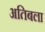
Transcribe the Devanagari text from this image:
अतिबला